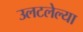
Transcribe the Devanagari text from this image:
उलटलेल्या